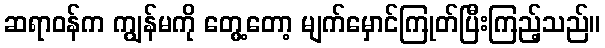
ဆရာဝန်က ကျွန်မကို တွေ့တော့ မျက်မှောင်ကြုတ်ပြီးကြည့်သည်။